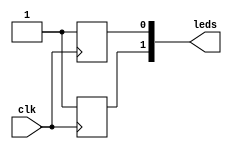
module error2  (
         input wire clk,            
         output wire [1:0] leds);   
wire ena = 1'b1;
reg reg0;
always @(posedge clk)
  reg0 <= 1'b1;
reg reg1;
always @(posedge clk)
  reg1 <= 1'b1;
assign leds[0] = (ena) ? reg0 : 1'bz;
assign leds[1] = (ena) ? reg1 : 1'bz;
endmodule